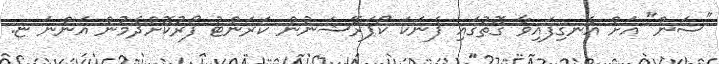
"ސަން" އަށް އެނގިފައިވާ ގޮތުގައި ފެނަކަ ކޯޕަރޭޝަނުން ކަރަންޓު ފޯރުކޮށްދެމުން އަންނަ ޏ.